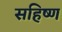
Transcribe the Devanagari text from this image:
सहिष्ण